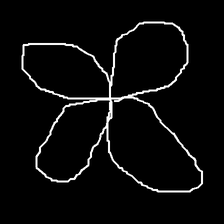
Glyph: billowing